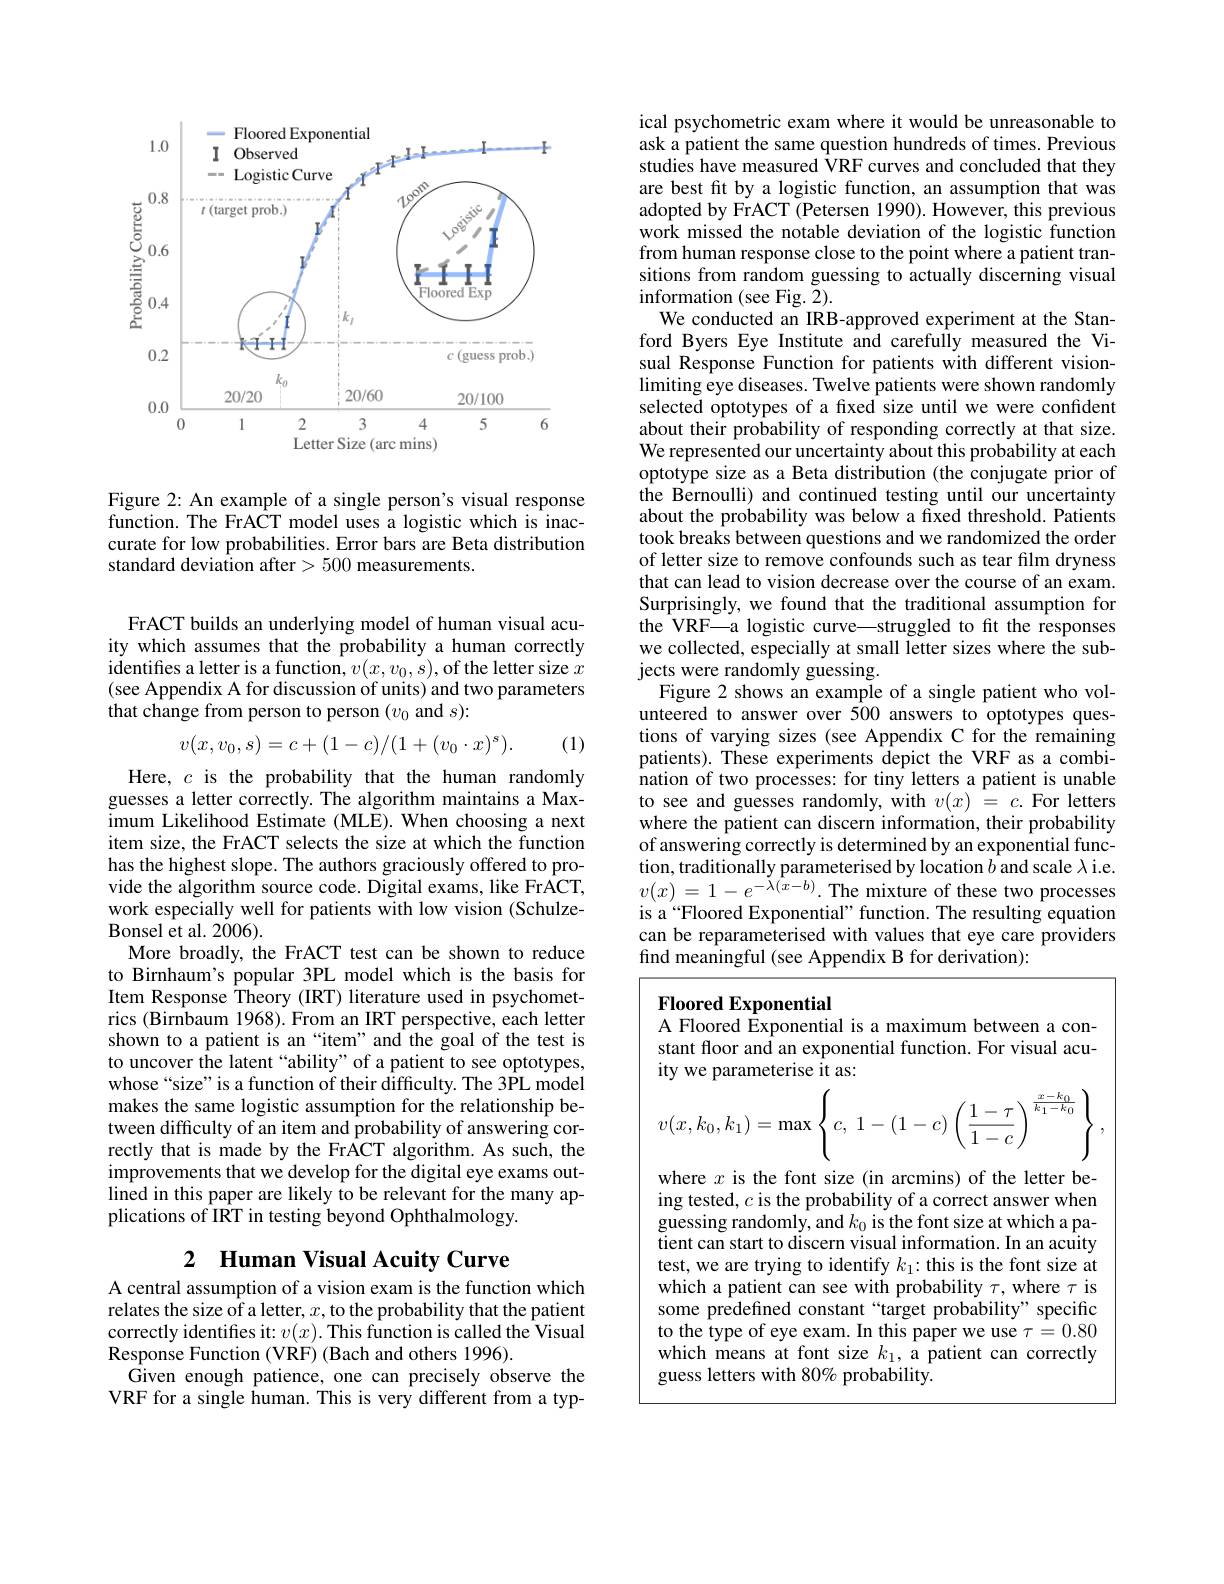
<FigureHere>

Figure 2: An example of a single person's visual response function. The FrACT model uses a logistic which is inaccurate for low probabilities. Error bars are Beta distribution standard deviation after> 500 measurements.

FrACT builds an underlying model of human visual acuity which assumes that the probability a human correctly identifies a letter is a function, $v(x,v_0,s)$, of the letter size $x$ (see Appendix A for discussion of units) and two parameters that change from person to person $(v_0$ and $s):$
$$v(x,v_0,s)=c+(1-c)/(1+(v_0\cdot x)^s).$$
(1)

Here, $c$ is the probability that the human randomly guesses a letter correctly. The algorithm maintains a Maximum Likelihood Estimate (MLE). When choosing a next item size, the FrACT selects the size at which the function has the highest slope. The authors graciously offered to provide the algorithm source code. Digital exams, like FrACT, work especially well for patients with low vision (Schulze- $\tilde{\text{Bonsel et al. 2006}}).$
More broadly, the FrACT test can be shown to reduce to Birnhaum's popular 3PL model which is the basis for Item Response Theory (IRT) literature used in psychometrics (Birnbaum 1968). From an IRT perspective, each letter shown to a patient is an“item”and the goal of the test is to uncover the latent “ability”of a patient to see optotypes, whose “size” is a function of their difficulty. The 3PL model makes the same logistic assumption for the relationship between difficulty of an item and probability of answering correctly that is made by the FrACT algorithm. As such, the improvements that we develop for the digital eye exams outlined in this paper are likely to be relevant for the many applications of IRT in testing beyond Ophthalmology.

### 2 Human Visual Acuity Curve

A central assumption of a vision exam is the function which relates the size of a letter, $x$, to the probability that the patient correctly identifes it: $v(x).$ This function is called the Visual Response Function (VRF) (Bach and others 1996).
Given enough patience, one can precisely observe the VRF for a single human. This is very different from a typ-

ical psychometric exam where it would be unreasonable to ask a patient the same question hundreds of times. Previous studies have measured VRF curves and concluded that they are best fit by a logistic function, an assumption that was adopted by FrACT (Petersen 1990). However, this previous work missed the notable deviation of the logistic function from human response close to the point where a patient transitions from random guessing to actually discerning visual information (see Fig. 2).
We conducted an IRB-approved experiment at the Stanford Byers Eye Institute and carefully measured the Visual Response Function for patients with different visionlimiting eye diseases. Twelve patients were shown randomly selected optotypes of a fixed size until we were confident about their probability of responding correctly at that size. We represented our uncertainty about this probability at each optotype size as a Beta distribution (the conjugate prior of the Bernoulli) and continued testing until our uncertainty about the probability was below a fixed threshold. Patients took breaks between questions and we randomized the order of letter size to remove confounds such as tear film dryness that can lead to vision decrease over the course of an exam. Surprisingly, we found that the traditional assumption for the VRF—a logistic curve—struggled to fit the responses we collected, especially at small letter sizes where the subjects were randomly guessing.
Figure 2 shows an example of a single patient who volunteered to answer over 500 answers to optotypes questions of varying sizes (see Appendix C for the remaining patients). These experiments depict the VRF as a combination of two processes: for tiny letters a patient is unable to see and guesses randomly, with $v(x)=c.$ For letters where the patient can discern information, their probability of answering correctly is determined by an exponential function, traditionally parameterised by location $b$ and scale $\lambda$ i.e. $v(x)=1-e^{-\lambda(x-b)}.$The mixture of these two processes is a“Floored Exponential” function. The resulting equation can be reparameterised with values that eye care providers find meaningful (see Appendix B for derivation):

Floored Exponential
A Floored Exponential is a maximum between a constant floor and an exponential function. For visual acuity we parameterise it as:
$$v(x,k_0,k_1)=\max\left\{c,\:1-(1-c)\left(\dfrac{1-\tau}{1-c}\right)^{\frac{x-k_0}{k_1-k_0}}\right\},$$
where $x$ is the font size (in arcmins) of the letter being tested, $c$ is the probability of a correct answer when guessing randomly, and $k_0$ is the font size at which a patient can start to discern visual information. In an acuity test, we are trying to identify $k_1:$ this is the font size at which a patient can see with probability $\tau$, where $\tau$ is some predefined constant“target probability” specific to the type of eye exam. In this paper we use $\tau=0.80$ which means at font size $k_1$, a patient can correctly guess letters with 80% probability.